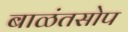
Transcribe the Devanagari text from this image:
बाळंतसोप